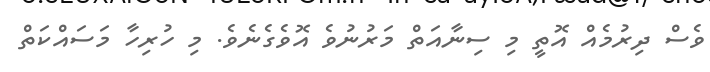
ވެސް ދިރުމެއް އޮތީ މި ސިނާއަތް މަރުނުވެ އޮވެގެނެވެ. މި ހުރިހާ މަސައްކަތް